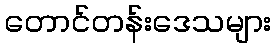
တောင်တန်းဒေသများ